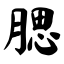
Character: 腮